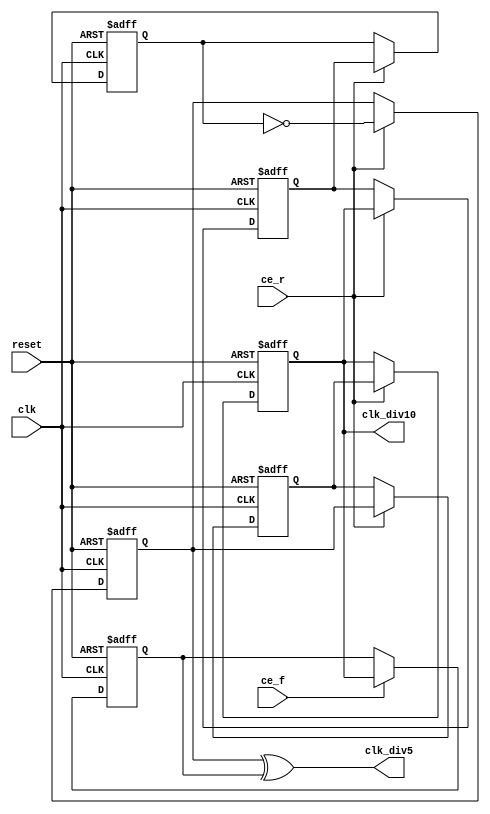
//-- Title      : Clock generator 
//-- Project    : 
//-------------------------------------------------------------------------------
//-- File       : Johnson_cntr.v
//-- Author     : Xilinx
//-------------------------------------------------------------------------------
// Copyright (c) 2004-2007 by Xilinx, Inc. All rights reserved.
// This text/file contains proprietary, confidential
// information of Xilinx, Inc., is distributed under license
// from Xilinx, Inc., and may be used, copied and/or
// disclosed only pursuant to the terms of a valid license
// agreement with Xilinx, Inc. Xilinx hereby grants you
// a license to use this text/file solely for design, simulation,
// implementation and creation of design files limited
// to Xilinx devices or technologies. Use with non-Xilinx
// devices or technologies is expressly prohibited and
// immediately terminates your license unless covered by
// a separate agreement.
//
// Xilinx is providing this design, code, or information
// "as is" solely for use in developing programs and
// solutions for Xilinx devices. By providing this design,
// code, or information as one possible implementation of
// this feature, application or standard, Xilinx is making no
// representation that this implementation is free from any
// claims of infringement. You are responsible for
// obtaining any rights you may require for your implementation.
// Xilinx expressly disclaims any warranty whatsoever with
// respect to the adequacy of the implementation, including
// but not limited to any warranties or representations that this
// implementation is free from claims of infringement, implied
// warranties of merchantability or fitness for a particular
// purpose.
//
// Xilinx products are not intended for use in life support
// appliances, devices, or systems. Use in such applications are
// expressly prohibited.
//
// This copyright and support notice must be retained as part
// of this text at all times. (c) Copyright 2004-2007 Xilinx, Inc.
// All rights reserved.
//------------------------------------------------------------------------
//-- Description:
//-- If trimode, input GTX_CLK is always 125MHz.
//-- The clocks for running the core and GMII/MII interface are generated
//-- from the 125Mhz and selected by register bits.
//-- Johnson coutner generates CLK/5 and CLK/10 from CLK and are used
//-- when the EMAC core is running at either 10Mbps or 100Mbps.
//-- CLK/5 is used by GMII/MII interface
//-- CLK/10 is used by EMAC core. 
//-- 

`timescale 1 ns/1 ps

module johnson_cntr
  ( reset,
    clk,
    clk_div10,
    clk_div5,
    ce_r,
    ce_f
    );

  input  reset;
  input  clk;
  output clk_div10;
  output clk_div5;
  input  ce_r;
  input  ce_f;

  reg  reg1_out;
  reg  reg2_out;
  reg  reg3_out;
  reg  reg3_falling_out;
  reg  reg4_out;
  reg  reg5_out;
  wire reg5_out_inv;
  
  always @(posedge clk or posedge reset)
  begin
    if (reset == 1'b1)
      reg1_out    <= 1'b0;
    else if (ce_r == 1'b1)
      reg1_out    <= reg5_out_inv;
  end

  always @(posedge clk or posedge reset)
  begin
    if (reset == 1'b1)
      reg2_out    <= 1'b0;
    else if (ce_r == 1'b1)
      reg2_out    <= reg1_out;
  end

  always @(posedge clk or posedge reset)
  begin
    if (reset == 1'b1)
      reg3_out    <= 1'b0;
    else if (ce_r == 1'b1)
      reg3_out    <= reg2_out;
  end

  always @(negedge clk or posedge reset)
  begin
    if (reset == 1'b1)
      reg3_falling_out    <= 1'b0;
    else if (ce_f == 1'b1)
      reg3_falling_out    <= reg3_out;
  end

  always @(posedge clk or posedge reset)
  begin
    if (reset == 1'b1)
      reg4_out    <= 1'b0;
    else if (ce_r == 1'b1)
      reg4_out    <= reg3_out;
  end

  always @(posedge clk or posedge reset)
  begin
    if (reset == 1'b1)
      reg5_out    <= 1'b0;
    else if (ce_r == 1'b1)
      reg5_out    <= reg4_out;
  end

  assign reg5_out_inv = ~(reg5_out);

  assign clk_div5     = reg1_out ^ reg3_falling_out;        
  assign clk_div10    = reg3_out;

endmodule